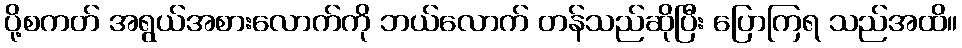
ပို့စကတ် အရွယ်အစားလောက်ကို ဘယ်လောက် တန်သည်ဆိုပြီး ပြောကြရ သည်အထိ။